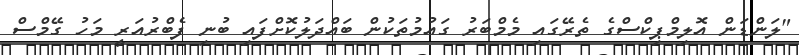
"ލަންޑަން އޮލިމްޕިކްސްގެ ތެރޭގައި މެމްބަރު ގައުމުތަކުން ބައްދަލުކޮށްފައި ބުނި ފެބްރުއަރީ މަހު ގޭމްސް